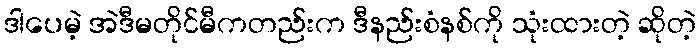
ဒါပေမဲ့ အဲဒီမတိုင်မီကတည်းက ဒီနည်းစံနစ်ကို သုံးထားတဲ့ ဆိုတဲ့